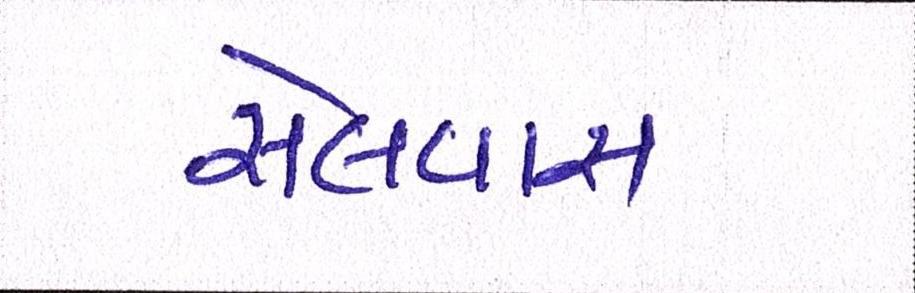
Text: સેલવાસ